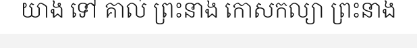
យាង ទៅ គាល់ ព្រះនាង កោសកល្យា ព្រះនាង